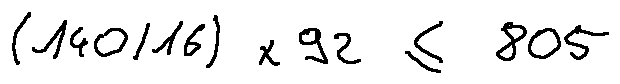
( 1 4 0 / 1 6 ) \times 9 2 \leq 8 0 5